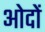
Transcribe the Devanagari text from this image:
ओदों